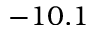
- 1 0 . 1